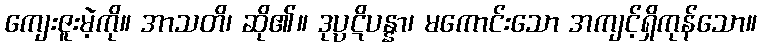
ကျေးဇူးမဲ့ကို။ အာသတိ၊ ဆို၏။ ဒုပ္ပဋိပန္နာ၊ မကောင်းသော အကျင့်ရှိကုန်သော။